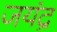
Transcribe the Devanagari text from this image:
जयंद्र